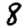
Digit: 8